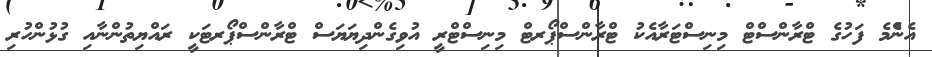
އެންެމެ ފަހުގެ ޓްރާންސްޓް މިނިސްޓަރާއެކު ޓްރާންސްޕޯރޓް މިނިސްޓްރީ އުވިގެންދިޔަޔަސް ޓްރާންސްޕޯރޓަކީ ރައްޔިތުންނާއި ގުޅުންހުރި